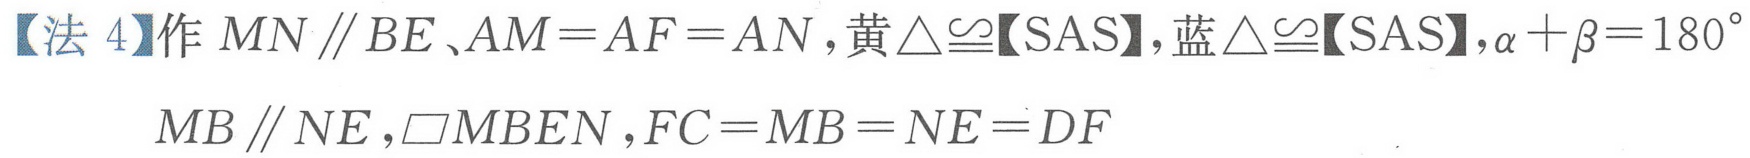
【法 4】作 \(MN\parallel BE、AM = AF = AN\)，黄\(\triangle\cong\)【SAS】，蓝\(\triangle\cong\)【SAS】，\(\alpha+\beta = 180^{\circ}\)
\(MB\parallel NE\)，\(\square MBEN\)，\(FC = MB = NE = DF\)